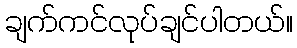
ချက်ကင်လုပ်ချင်ပါတယ်။